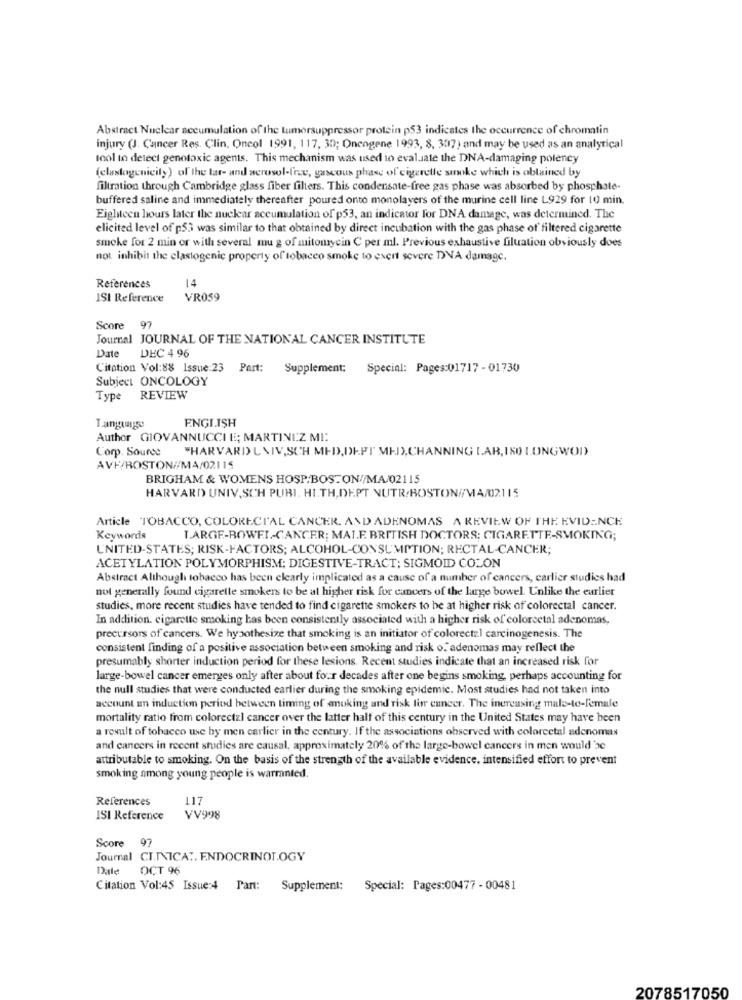
Abstract Nuclear accumulation of the tumorsuppressor protein p53 indicates the occurrence of chromatin
injury (J. Cancer Res. Clin, Oncol 1991, 117, 30; Oncogene 1993, 8, 307) and may be used as an analytical
tool to detect genotoxic agents. This mechanism was used to evaluate the DNA-damaging polency
(elastogenicity) of the tar- and aerosol-free, gaseous phase of cigarette smoke which is obtained by
filtration through Cambridge glass fiber filters. This condensate-free gas phase was absorbed by phosphate-
buffered saline and immediately thereafter poured onto monolayers of the murine cell line L929 for 10 min.
Eighteen hours later the nuclear accumulation of p53, an indicator for DNA damage, was determined. The
elicited level of p53 was similar to that obtained by direct incubation with the gas phase of filtered cigarette
smoke for 2 min or with several mu g of mitomycin C per ml. Previous exhaustive filuation obviously does
not inhibit the clastogenic property of tobacco smoke to exert severe DNA damage.
References
14
ISI Reference
VR059
Score 97
Journal JOURNAL OF THE NATIONAL CANCER INSTITUTE
Date
DEC 4 96
Citation Vol:88 Issue:23 Part:
Supplement: Special: Pages:01717 - 01730
Subject ONCOLOGY
Type REVIEW
ENGLISH
Author GIOVANNUCCI E; MARTINIZ MI:
Corp. Source "HARVARD LVIV,SCH MED, DEPT" MED),CHANNING [.AR, 1SO LONGWOD)
AVF/BOSTON//MA/02115
BRIGHAM & WOMENS HOSP.BOSTON//MA/02115
HARVARD UNIV,SCH PURI, HI.TH, DEPT NUTR/BOSTON//V4/02115
Article TOBACCO, COLORECTAL CANCER, AND ADENOMAS A REVIEW OF THE EVIDENCE
Keywords
TARGE-ROWFI-CANCER; MAI.F. BRITISH DOCTORS: CIGARETTE-SMOKING;
UNITED-STATES; RISK-FACTORS; ALCOHOL-CONSUMPTION; RECTAL-CANCER;
ACETYLATION POLYMORPHISM; DIGESTIVE-TRACT; SIGMOID COLON
Abstract Although tobacco has been clearly implicated as a cause of a number of cancers, carlier studies had
not generally found cigarette smokers to be al higher risk for cancers of the large bowel. Unlike the earlier
studies, more recent studies have tended to find cigarette smokers to be at higher risk of colorectal cancer.
In addition. cigarette smoking has been consistently associated with a higher risk of colorectal adenomas,
precursors of cancers. We hypothesize that smoking is an initiator of colorectal carcinogenesis. The
consistent finding of a positive association between smoking and risk o." adenomas may reflect the
presumably shorter induction period for these lesions. Recent studies indicate that an increased risk for
large-bowel cancer emerges only after about four decades after one begins smoking, perhaps accounting for
the null studies that were conducted earlier during the smoking epidemic. Most studies had not taken into
account an induction period between timing of anoking and risk for cancer. The increasing male-to-female
mortality ratio from colorectal cancer over the latter half of this century in the United States may have been
a result of tobacco use by men carlier in the century. If the associations observed with colorectal adenomas
and cancers in recent studies are causal, approximately 20% of the large-bowel cancers in men would'se
attributable to smoking. On the basis of the strength of the available evidence, intensified effort to prevent
smoking among young people is warranted.
References
117
ISI Reference
VV998
Score 97
Journal CI.NNCAT. ENDOCRINOLOGY
Dale
OCT 96
Citation Vol:45 Issue:4 Part: Supplement: Special: Pages:00477 - 00481
2078517050